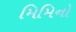
મિમિનો